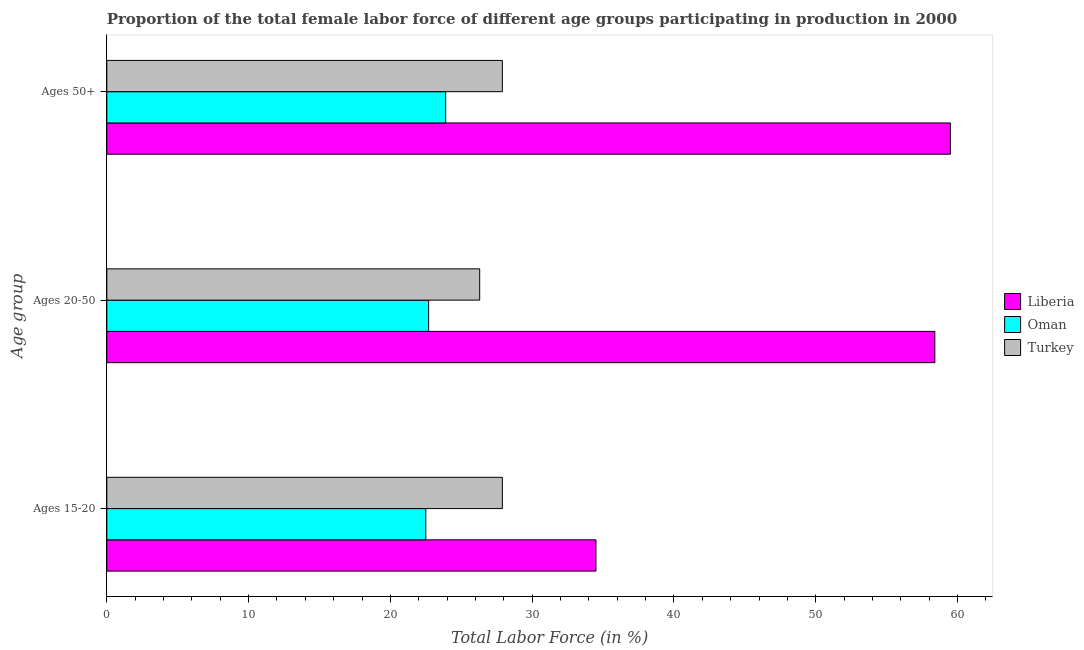
| Age group | Liberia | Oman | Turkey |
 | --- | --- | --- | --- |
 | Ages 15-20 | 34.5 | 22.5 | 27.9 |
 | Ages 20-50 | 58.4 | 22.7 | 26.3 |
 | Ages 50+ | 59.5 | 23.9 | 27.9 |